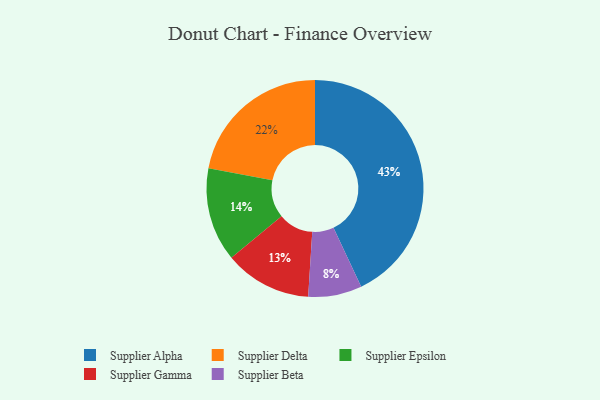
{"axis": {"x": "Category", "y": "Percentage"}, "legend": ["Supplier Alpha", "Supplier Beta", "Supplier Delta", "Supplier Epsilon", "Supplier Gamma"], "data": [{"x": "Supplier Beta", "y": 8, "type": "Supplier Beta"}, {"x": "Supplier Delta", "y": 22, "type": "Supplier Delta"}, {"x": "Supplier Alpha", "y": 43, "type": "Supplier Alpha"}, {"x": "Supplier Gamma", "y": 13, "type": "Supplier Gamma"}, {"x": "Supplier Epsilon", "y": 14, "type": "Supplier Epsilon"}]}